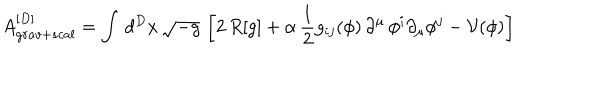
A _ { g r a v + s c a l } ^ { [ D ] } = \int \, d ^ { D } x \, \sqrt { - g } \, \left[ 2 \, R [ g ] + \alpha \, \frac { 1 } { 2 } g _ { i j } ( \phi ) \, \partial ^ { \mu } \, \phi ^ { i } \partial _ { \mu } \phi ^ { j } - \mathcal { V } ( \phi ) \right]